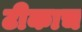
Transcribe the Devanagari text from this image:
टीकाच